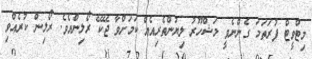
މިޓްވީޓް ފުރަތަމަ ގެންނެވީ މަޝްހޫރު ލިޔުންތެރިއެއް ކަމަށްވާ ޖޭކޭ ރޯލިންއެވެ. ރޯލިން ކުރެއްވި